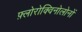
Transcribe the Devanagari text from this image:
फ़्लोरोक्विनोलोनों